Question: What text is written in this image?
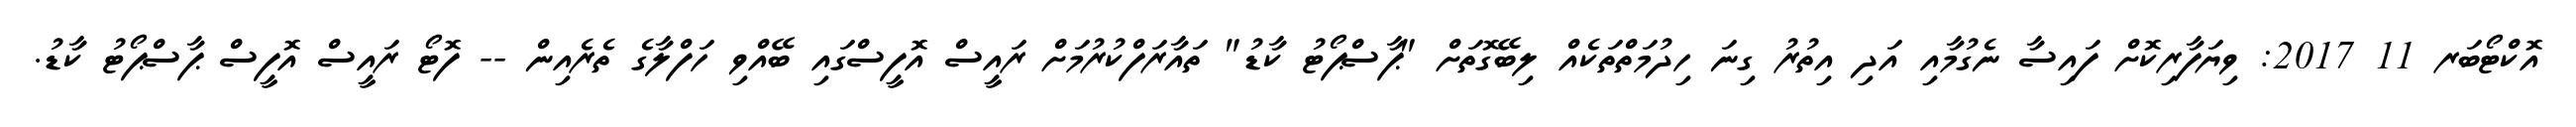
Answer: އޮކްޓޯބަރ 11 2017: ވިޔަފާރިކޮށް ފައިސާ ނެގުމާއި އަދި އިތުރު ގިނަ ހިދުމަތްތަކެއް ލިބޭގޮތަށް "ޕާސްޕޯޓު ކާޑު" ތައާރަފްކުރުމަށް ރައީސް އޮފީސްގައި ބޭއްވި ހަފްލާގެ ތެރެއިން -- ފޮޓޯ ރައީސް އޮފީސް ޕާސްޕޯޓު ކާޑު.